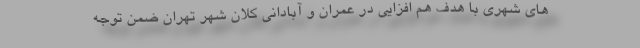
های شهری با هدف هم افزایی در عمران و آبادانی کلان شهر تهران ضمن توجه